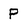
Character: p